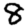
Digit: 8